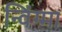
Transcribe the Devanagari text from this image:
न्विंग्मा